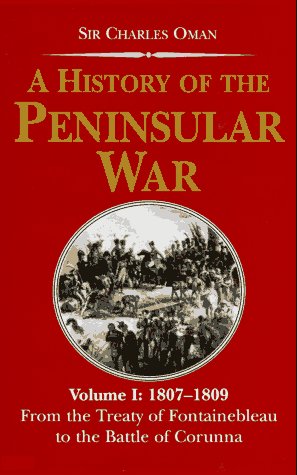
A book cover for A History of the Peninsular War 1807-1809: From the Treaty of Fontainebleau to the Battle of Corunna; Charles Oman; History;